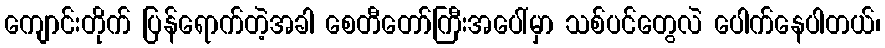
ကျောင်းတိုက် ပြန်ရောက်တဲ့အခါ စေတီတော်ကြီးအပေါ်မှာ သစ်ပင်တွေလဲ ပေါက်နေပါတယ်၊